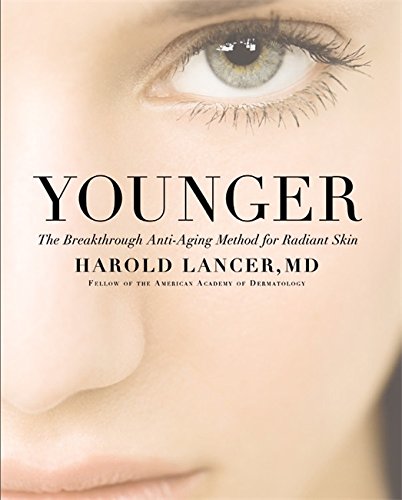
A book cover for Younger: The Breakthrough Anti-Aging Method for Radiant Skin; Harold Lancer; Health, Fitness & Dieting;